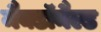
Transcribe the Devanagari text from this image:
मैक्डॉनैल्ड